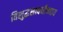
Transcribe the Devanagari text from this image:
विशुद्धसत्त्वधीष्णाय